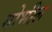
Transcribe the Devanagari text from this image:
गोभील